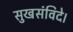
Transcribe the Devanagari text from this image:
सुखसंविदे।